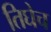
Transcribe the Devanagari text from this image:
तिघेच